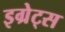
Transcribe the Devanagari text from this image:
इग्रेट्स